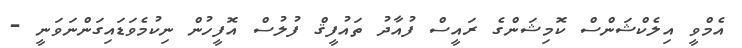
އެމްވީ އިލެކްޝަންސް ކޮމިޝަންގެ ރައީސް ފުއާދު ތައުފީޤް ފުލުސް އޮފީހުން ނިކުމެވަޑައިގަންނަވަނީ -